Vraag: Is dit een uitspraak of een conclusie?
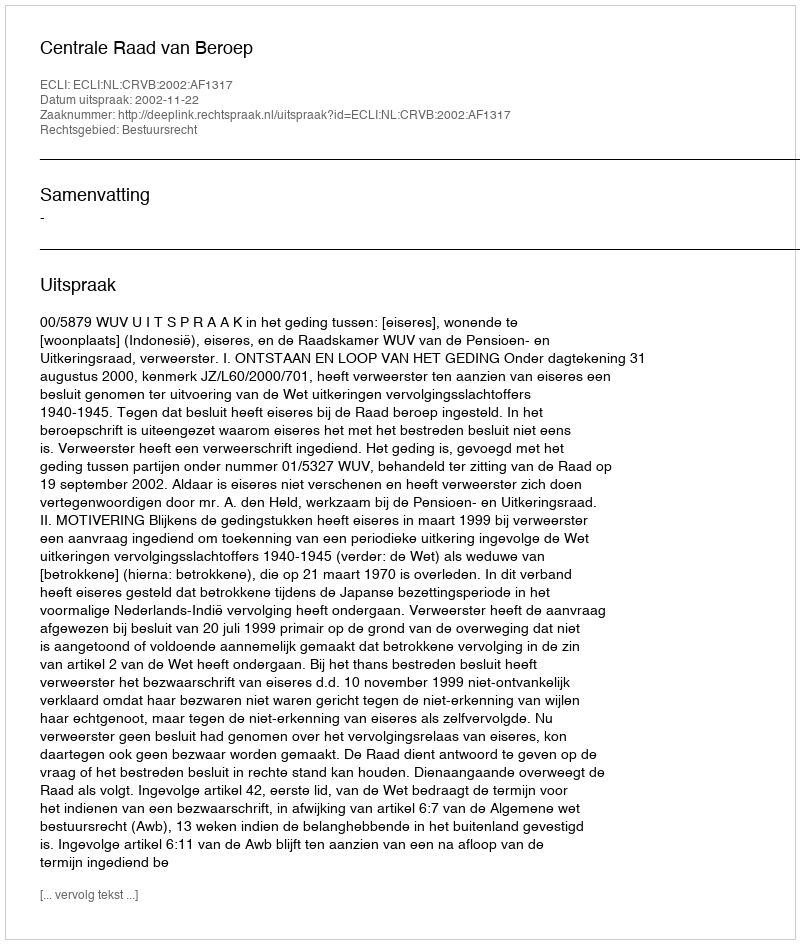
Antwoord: Uitspraak